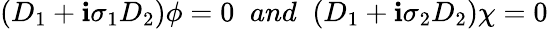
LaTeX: (D_{1}+\mathbf{i}\sigma_{1}D_{2})\phi=0\; \; and\; \; (D_{1}+\mathbf{i}\sigma_{2}D_{2})\chi=0